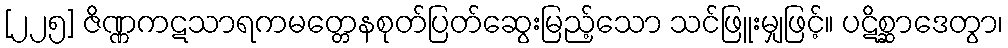
[၂၂၅] ဇိဏ္ဏကဋသာရကမတ္တေနစုတ်ပြတ်ဆွေးမြည့်သော သင်ဖြူးမျှဖြင့်။ ပဋိစ္ဆာဒေတွာ၊